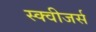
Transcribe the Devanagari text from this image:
स्क्वीजर्स